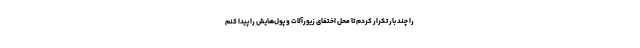
را چند بار تکرار کردم تا محل اختفای زیورآلات و پول‌هایش را پیدا کنم